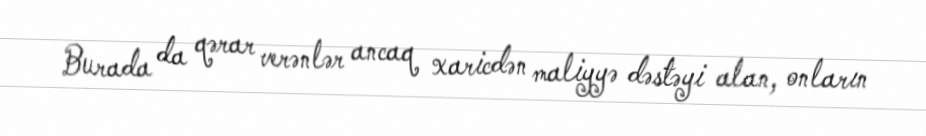
Burada da qərar verənlər ancaq xaricdən maliyyə dəstəyi alan, onların